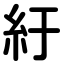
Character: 紆